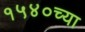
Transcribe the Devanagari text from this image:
१५४०च्या